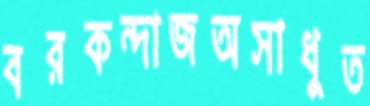
বরকন্দাজঅসাধুত